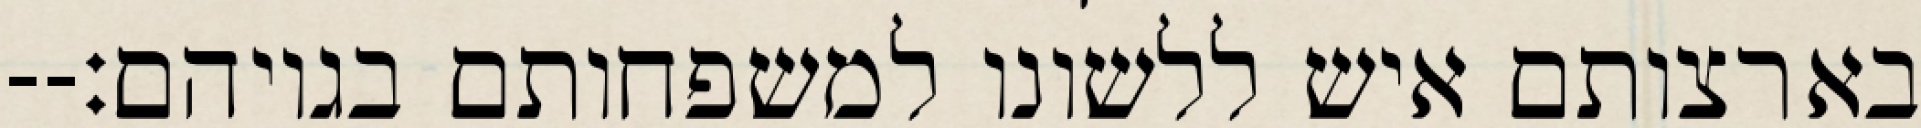
בארצותם איש ללשונו למשפחותם בגויהם׃--